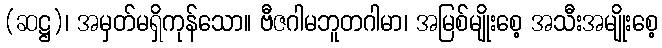
(ဆဋ္ဌ)၊ အမှတ်မရှိကုန်သော။ ဗီဇဂါမဘူတဂါမာ၊ အမြစ်မျိုးစေ့ အသီးအမျိုးစေ့